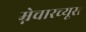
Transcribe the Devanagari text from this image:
म्नेचारच्यूस